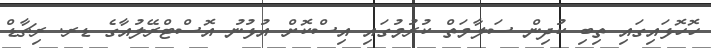
ހޮހޮޅައިގައި ތިބި ކުދިން ސަލާމަތް ކުރުމުގައި އިސްކޮށް އުޅުނު އޮސްޓްރޭލުއާގެ ޑރ. ރިޗާޑް